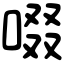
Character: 啜